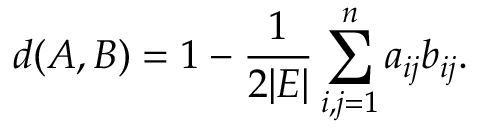
d ( A , B ) = 1 - \frac { 1 } { 2 \vert E \vert } \sum _ { i , j = 1 } ^ { n } a _ { i j } b _ { i j } .